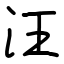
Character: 汪